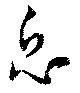
息